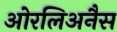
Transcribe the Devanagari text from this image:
ओरलिअनैस